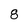
Character: 8